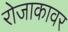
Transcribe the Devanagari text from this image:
रोजाकावर